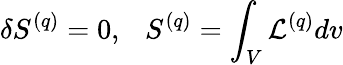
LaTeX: \delta S^{(q)}=0,\ \ \ S^{(q)}=\int_{V}{\cal L}^{(q)}dv